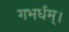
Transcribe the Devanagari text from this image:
गभर्धम्।